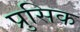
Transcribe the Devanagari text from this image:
प्रुसिक